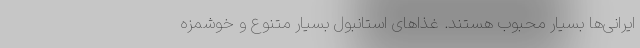
ایرانی‌ها بسیار محبوب هستند. غذاهای استانبول بسیار متنوع و خوشمزه